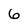
Character: 6